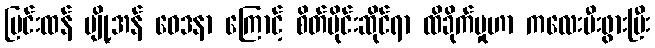
ပြင်းထန် ပျို့အန် ဝေဒနာ ကြောင့် စိတ်ပိုင်းဆိုင်ရာ ထိခိုက်မှုဟာ ကလေးမီးဖွားပြီး